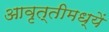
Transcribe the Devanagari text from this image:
आवृत्तीमध्यें